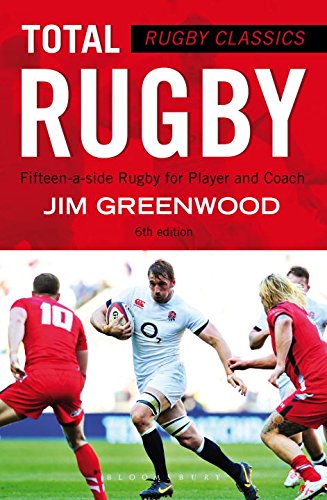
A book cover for Rugby Classics: Total Rugby: Fifteen-a-side Rugby for Player and Coach; Jim Greenwood; Sports & Outdoors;